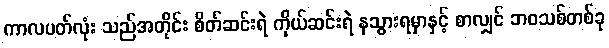
ကာလပတ်လုံး သည်အတိုင်း စိတ်ဆင်းရဲ ကိုယ်ဆင်းရဲ နသွားရမှာနှင့် စာလျှင် ဘဝသစ်တစ်ခု